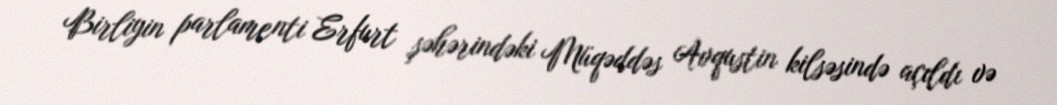
Birliyin parlamenti Erfurt şəhərindəki Müqəddəs Avqustin kilsəsində açıldı və